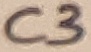
Text: C3